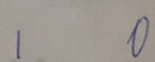
1 0